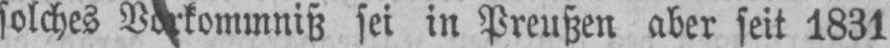
sei in Preußen aber seit 1831